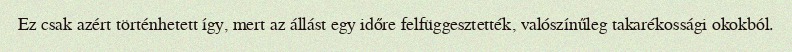
Ez csak azért történhetett így, mert az állást egy időre felfüggesztették, valószínűleg takarékossági okokból.